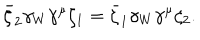
\bar { \zeta } _ { 2 } \gamma _ { W } \gamma ^ { \mu } \zeta _ { 1 } = \bar { \zeta } _ { 1 } \gamma _ { W } \gamma ^ { \mu } \zeta _ { 2 } .